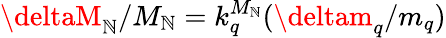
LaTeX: \deltaM_{\mathbb{N}}/M_{\mathbb{N}}=k_{q}^{M_{\mathbb{N}}}(\deltam_{q}/m_{q})